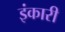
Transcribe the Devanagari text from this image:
इंकारी